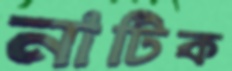
নাটিক